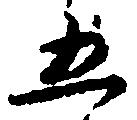
五